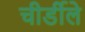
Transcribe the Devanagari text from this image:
चीर्डीले